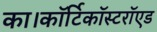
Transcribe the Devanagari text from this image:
का।कॉर्टिकॉस्टरॉएड